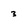
Character: 3